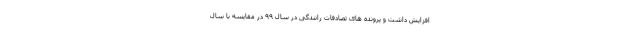
افزایش داشت و پرونده های تصادفات رانندگی در سال ۹۹ در مقایسه با سال